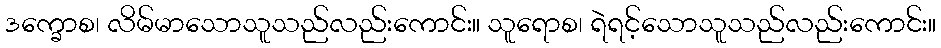
ဒက္ခောစ၊ လိမ်မာသောသူသည်လည်းကောင်း။ သူရောစ၊ ရဲရင့်သောသူသည်လည်းကောင်း။